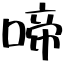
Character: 啼